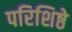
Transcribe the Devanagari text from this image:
परिशिष्ठे